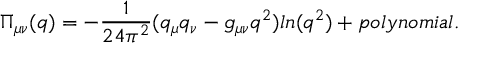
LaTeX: \Pi _ { \mu \nu } ( q ) = - \frac { 1 } { 2 4 \pi ^ { 2 } } ( q _ { \mu } q _ { \nu } - g _ { \mu \nu } q ^ { 2 } ) l n ( q ^ { 2 } ) + p o l y n o m i a l .